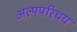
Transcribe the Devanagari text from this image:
अल्पपरिचय